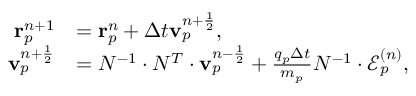
\begin{array} { r l } { \mathbf { r } _ { p } ^ { n + 1 } } & { = \mathbf { r } _ { p } ^ { n } + \Delta t \mathbf { v } _ { p } ^ { n + \frac { 1 } { 2 } } , } \\ { \mathbf { v } _ { p } ^ { n + \frac { 1 } { 2 } } } & { = N ^ { - 1 } \cdot N ^ { T } \cdot \mathbf { v } _ { p } ^ { n - \frac { 1 } { 2 } } + \frac { q _ { p } \Delta t } { m _ { p } } N ^ { - 1 } \cdot \mathcal { E } _ { p } ^ { ( n ) } , } \end{array}